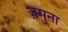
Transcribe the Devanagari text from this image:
ज़मुना